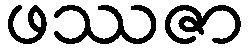
ဖဿဇာ